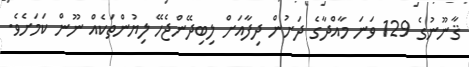
ޤާނޫނުގެ 129 ވަނަ މާއްދާގެ ދަށުން ދިފާއަށް ލިބިދޭންޖެހޭ ލިޔުންތަކެއް ނޫން ކަމަށެވެ.